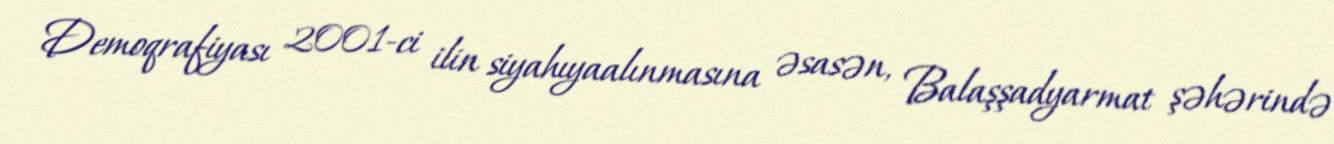
Demoqrafiyası 2001-ci ilin siyahıyaalınmasına əsasən, Balaşşadyarmat şəhərində